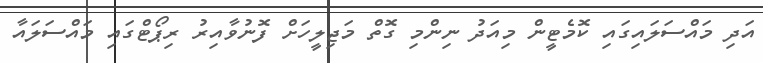
އަދި މައްސަލައިގައި ކޮމެޓީން މިއަދު ނިންމި ގޮތް މަޖިލީހަށް ފޮނުވާއިރު ރިޕޯޓްގައި މައްސަލައާ